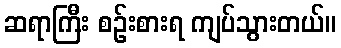
ဆရာကြီး စဉ်းစားရ ကျပ်သွားတယ်။